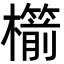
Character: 櫤